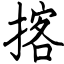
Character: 揢